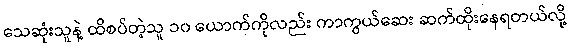
သေဆုံးသူနဲ့ ထိစပ်တဲ့သူ ၁၀ ယောက်ကိုလည်း ကာကွယ်ဆေး ဆက်ထိုးနေရတယ်လို့